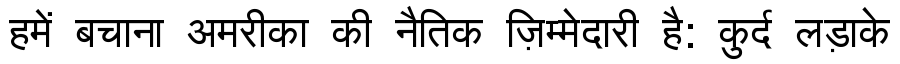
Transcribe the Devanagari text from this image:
हमें बचाना अमरीका की नैतिक ज़िम्मेदारी है: कुर्द लड़ाके